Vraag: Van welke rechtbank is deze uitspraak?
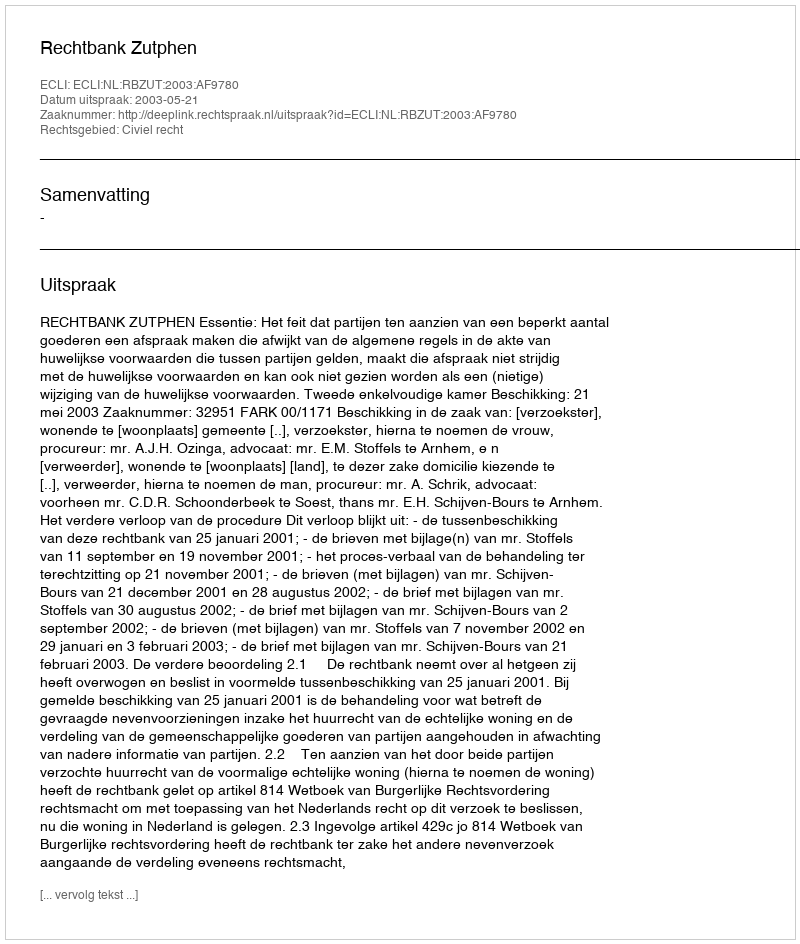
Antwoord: Rechtbank Zutphen